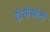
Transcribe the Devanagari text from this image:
डीसीसीटी